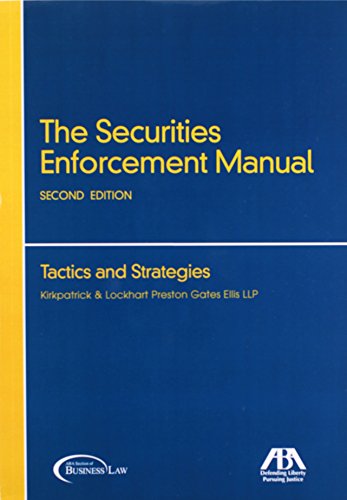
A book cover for The Securities Enforcement Manual: Tactics and Strategies; Law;